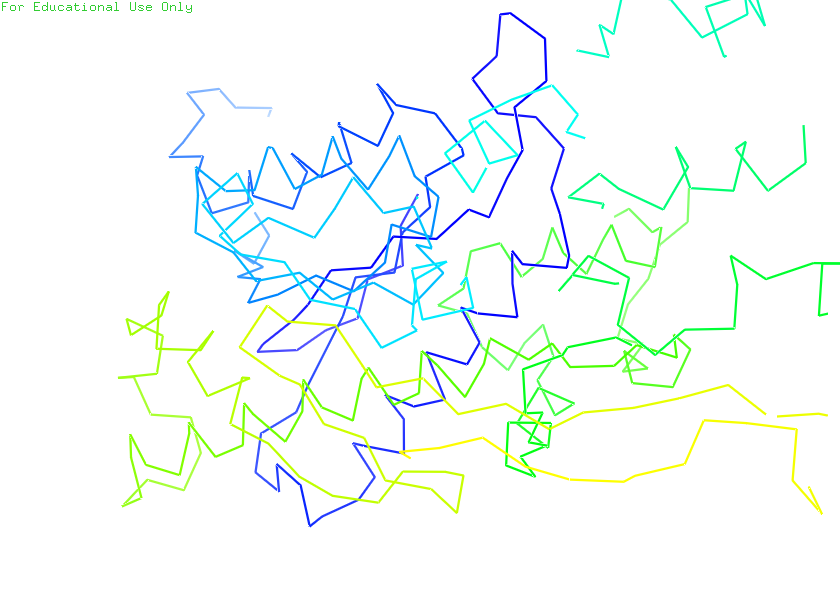
pymol, preset, ligand_sites_hq